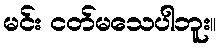
မင်း ငတ်မသေပါဘူး။